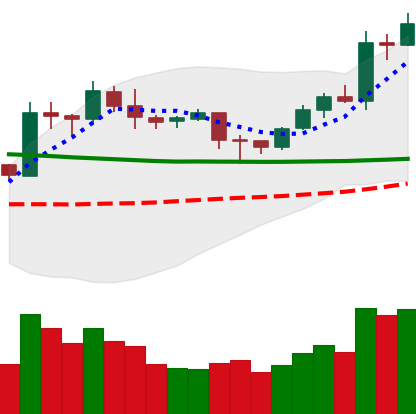
Ticker: LTC-USD
Chart end date: 2020-02-01
Forward return: 3.627%
Label: up_3_5